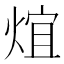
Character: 𤊃